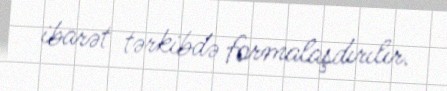
ibarət tərkibdə formalaşdırılır.